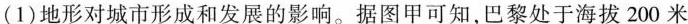
(1)地形对城市形成和发展的影响。据图甲可知，巴黎处于海拔200米